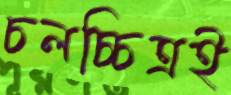
চলচ্চিত্রই